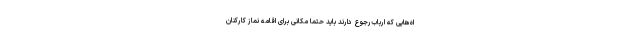
اه‌هایی که ارباب‌رجوع دارند باید حتماً مکانی برای اقامه نماز کارکنان